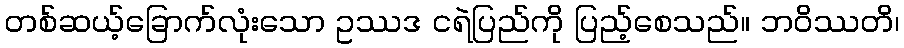
တစ်ဆယ့်ခြောက်လုံးသော ဥဿဒ ငရဲပြည်ကို ပြည့်စေသည်။ ဘဝိဿတိ၊